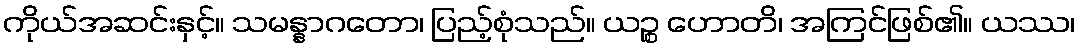
ကိုယ်အဆင်းနှင့်။ သမန္နာဂတော၊ ပြည့်စုံသည်။ ယဉ္စ ဟောတိ၊ အကြင်ဖြစ်၏။ ယဿ၊